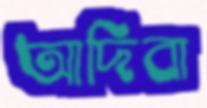
আদিবা